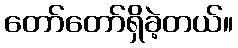
တော်တော်ရှိခဲ့တယ်။